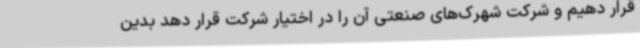
قرار دهیم و شرکت شهرک‌های صنعتی آن را در اختیار شرکت قرار دهد بدین